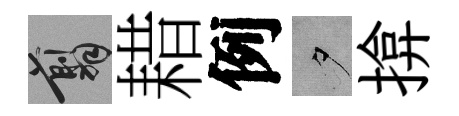
翦耤例夕揜